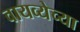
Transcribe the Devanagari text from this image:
वायव्येच्या